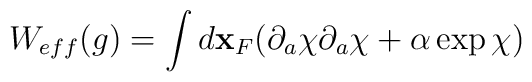
W_{eff}(g)=\int d{\bf x}_{F}(\partial_{a}\chi\partial_{a}\chi+\alpha \exp\chi )